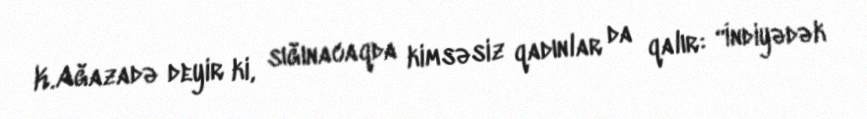
K.Ağazadə deyir ki, sığınacaqda kimsəsiz qadınlar da qalır: “İndiyədək